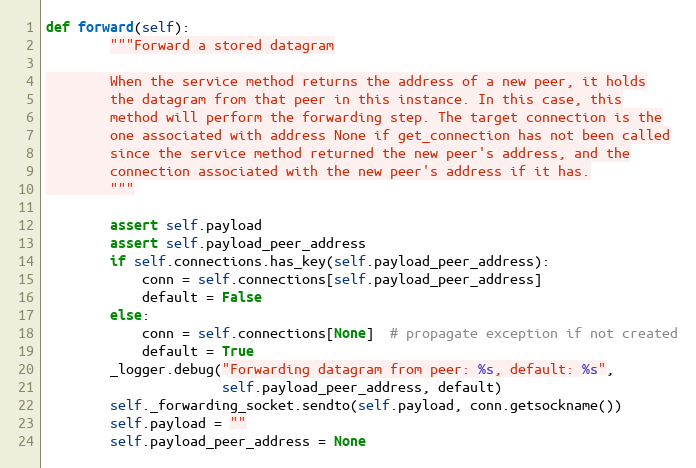
Language: Python
def forward(self):
        """Forward a stored datagram

        When the service method returns the address of a new peer, it holds
        the datagram from that peer in this instance. In this case, this
        method will perform the forwarding step. The target connection is the
        one associated with address None if get_connection has not been called
        since the service method returned the new peer's address, and the
        connection associated with the new peer's address if it has.
        """

        assert self.payload
        assert self.payload_peer_address
        if self.connections.has_key(self.payload_peer_address):
            conn = self.connections[self.payload_peer_address]
            default = False
        else:
            conn = self.connections[None]  # propagate exception if not created
            default = True
        _logger.debug("Forwarding datagram from peer: %s, default: %s",
                      self.payload_peer_address, default)
        self._forwarding_socket.sendto(self.payload, conn.getsockname())
        self.payload = ""
        self.payload_peer_address = None